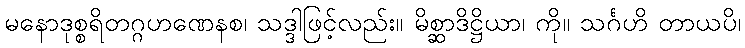
မနောဒုစ္စရိတဂ္ဂဟဏေနစ၊ သဒ္ဒါဖြင့်လည်း။ မိစ္ဆာဒိဋ္ဌိယာ၊ ကို။ သင်္ဂဟိ တာယပိ၊